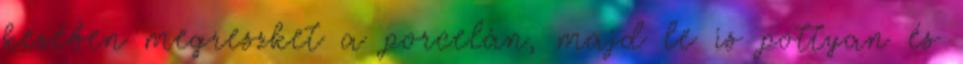
kezében megreszket a porcelán, majd le is pottyan és